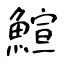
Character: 鰚